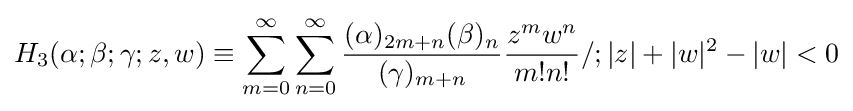
H_{3}(\alpha ;\beta ;\gamma ;z,w)\equiv \sum _{m=0}^{\infty }\sum _{n=0}^{\infty }{\frac {(\alpha )_{2m+n}(\beta )_{n}}{(\gamma )_{m+n}}}{\frac {z^{m}w^{n}}{m!n!}}/;|z|+|w|^{2}-|w|<0